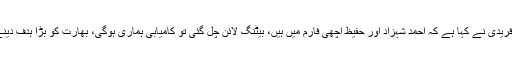
ایڈن گارڈن میں ٹاس کے بعد گفتگو کرتے ہوئے پاکستانی ٹیم کے کپتان شاہد آفریدی نے کہا ہے کہ احمد شہزاد اور حفیظ اچھی فارم میں ہیں، بیٹنگ لائن چل گئی تو کامیابی ہماری ہوگی، بھارت کو بڑا ہدف دینے کی کوشش کرینگے، انہوں نے کہا کہ 160سے اوپر رنز اچھا سکور ہوگا۔